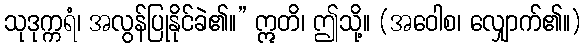
သုဒုက္ကရံ၊ အလွန်ပြုနိုင်ခဲ၏။” ဣတိ၊ ဤသို့။ (အဝေါစ၊ လျှောက်၏။)